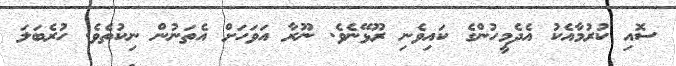
ސޮއި ކުރުމާއެކު އެދެމީހުންގެ ކައިވެނި ރޫޅޭނެވެ. ނޫރާ އަވަހަށް އެތަނުން ނިކުތެވެ. ހުރެބަލަ